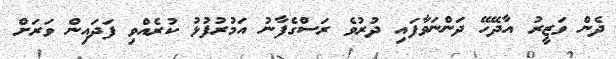
ދެން ވަޒީރު އާދޭހޭ ދަންނަވާފައި ދުރުވެ ރަސްގެފާނު އަމުރުފުޅު ކުރެއްވި ފަދައިން ވަރަށް